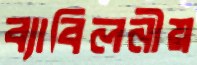
ব্যাবিলনীয়